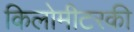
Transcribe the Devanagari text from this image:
किलोमीटरकी